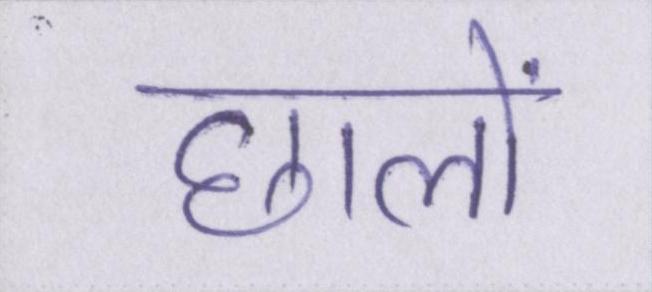
छालों